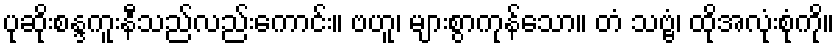
ပုဆိုးစန္ဒကူးနီသည်လည်းကောင်း။ ဗဟူ၊ များစွာကုန်သော။ တံ သဗ္ဗံ၊ ထိုအလုံးစုံကို။